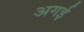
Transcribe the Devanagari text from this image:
अगई